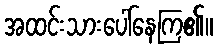
အထင်းသားပေါ်နေကြ၏။